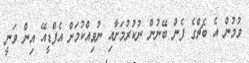
ވުމުން އެ ބެޗްގެ ފެން ބޭނުން ނުކުރުމަށާއި ނުވިއްކުމަށް އެފްޑީއޭ އިން ވަނީ